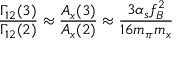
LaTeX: \frac { \Gamma _ { 1 2 } ( 3 ) } { \Gamma _ { 1 2 } ( 2 ) } \approx \frac { A _ { x } ( 3 ) } { A _ { x } ( 2 ) } \approx \frac { 3 \alpha _ { s } f _ { B } ^ { 2 } } { 1 6 m _ { \pi } m _ { x } }